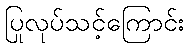
ပြုလုပ်သင့်ကြောင်း